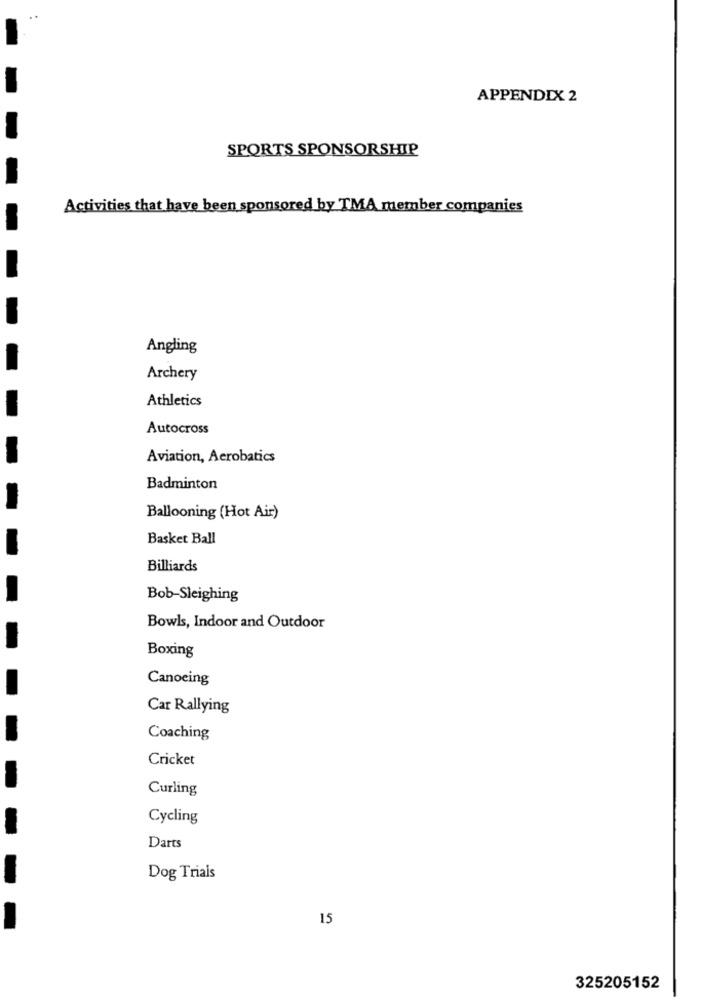
APPENDIX 2
SPORTS SPONSORSHIP
Activities that have been sponsored by TMA member companies
Angling
Archery
Athletics
Autocross
Aviation, Acrobatics
Badminton
Ballooning (Hot Air)
Basket Ball
Billiards
Bob-Sleighing
Bowls, Indoor and Outdoor
Boxing
Canoeing
Car Rallying
Coaching
Cricket
Curling
Cycling
Darts
Dog Trials
15
325205152